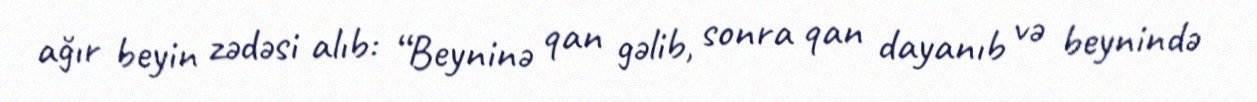
ağır beyin zədəsi alıb: “Beyninə qan gəlib, sonra qan dayanıb və beynində